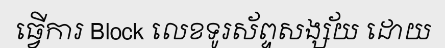
ធ្វើការ Block លេខទូរស័ព្ទសង្ស័យ ដោយ